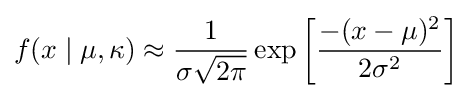
f(x\mid \mu ,\kappa )\approx {\frac {1}{\sigma {\sqrt {2\pi }}}}\exp \left[{\dfrac {-(x-\mu )^{2}}{2\sigma ^{2}}}\right]